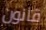
قانون